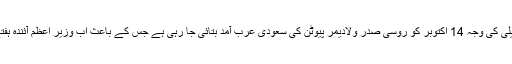
وزیر اعظم عمران خان کے دورے میں تبدیلی کی وجہ 14 اکتوبر کو روسی صدر ولادیمر پیوٹن کی سعودی عرب آمد بتائی جا رہی ہے جس کے باعث اب وزیر اعظم آئندہ ہفتے میں کسی روز سعودی عرب جائیں گے۔